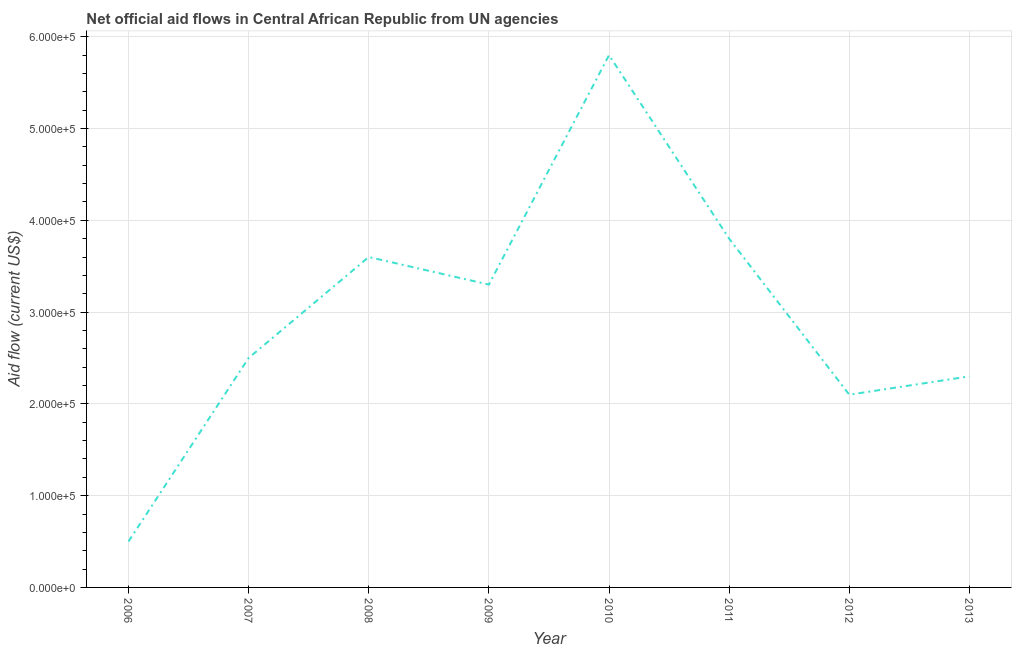
| Year | Net official flows from UN agencies |
 | --- | --- |
 | 2006 | 5e+04 |
 | 2007 | 2.5e+05 |
 | 2008 | 3.6e+05 |
 | 2009 | 3.3e+05 |
 | 2010 | 5.8e+05 |
 | 2011 | 3.8e+05 |
 | 2012 | 2.1e+05 |
 | 2013 | 2.3e+05 |